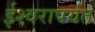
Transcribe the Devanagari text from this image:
ईश्वरापर्यंत